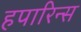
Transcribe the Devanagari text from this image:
हपारिन्स